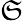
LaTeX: {\cal\mathfrak{S}}